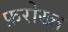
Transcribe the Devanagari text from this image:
फ़रोख्त